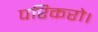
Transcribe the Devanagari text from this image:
परिकरो।